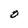
Character: 0